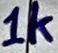
Text: 1k